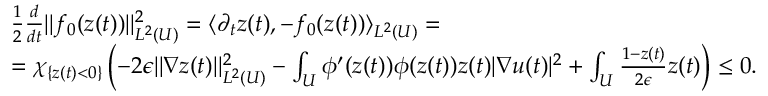
\begin{array} { r l } & { \frac { 1 } { 2 } \frac { d } { d t } | | f _ { 0 } ( z ( t ) ) | | _ { L ^ { 2 } ( U ) } ^ { 2 } = \langle \partial _ { t } z ( t ) , - f _ { 0 } ( z ( t ) ) \rangle _ { L ^ { 2 } ( U ) } = } \\ & { = \chi _ { \{ z ( t ) < 0 \} } \left( - 2 \epsilon | | \nabla z ( t ) | | _ { L ^ { 2 } ( U ) } ^ { 2 } - \int _ { U } \phi ^ { \prime } ( z ( t ) ) \phi ( z ( t ) ) z ( t ) | \nabla u ( t ) | ^ { 2 } + \int _ { U } \frac { 1 - z ( t ) } { 2 \epsilon } z ( t ) \right) \leq 0 . } \end{array}